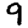
Digit: 9